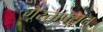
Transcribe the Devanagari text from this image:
गूस्ताफ्सन